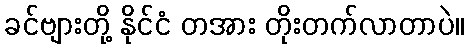
ခင်ဗျားတို့ နိုင်ငံ တအား တိုးတက်လာတာပဲ။